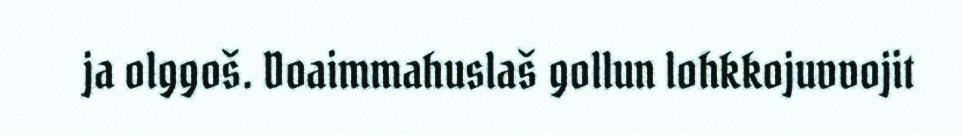
ja olggoš. Doaimmahuslaš gollun lohkkojuvvojit